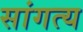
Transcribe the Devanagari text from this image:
सांगत्य